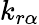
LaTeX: k_{r\alpha}